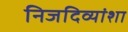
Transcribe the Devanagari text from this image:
निजदिव्यांशा